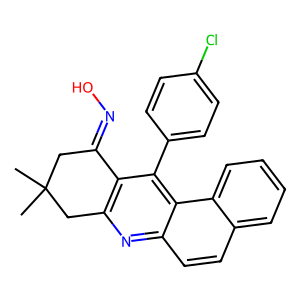
SMILES: CC1(C)CC(=NO)c2c(nc3ccc4ccccc4c3c2-c2ccc(Cl)cc2)C1
Inhibits HIV replication: No